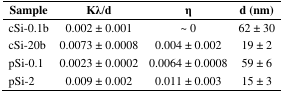
| Sample | Kλ/d | η | d (nm) |
 | --- | --- | --- | --- |
 | cSi-0.1b | 0.002 ± 0.001 | ~ 0 | 62 ± 30 |
 | cSi-20b | 0.0073 ± 0.0008 | 0.004 ± 0.002 | 19 ± 2 |
 | pSi-0.1 | 0.0023 ± 0.0002 | 0.0064 ± 0.0008 | 59 ± 6 |
 | pSi-2 | 0.009 ± 0.002 | 0.011 ± 0.003 | 15 ± 3 |